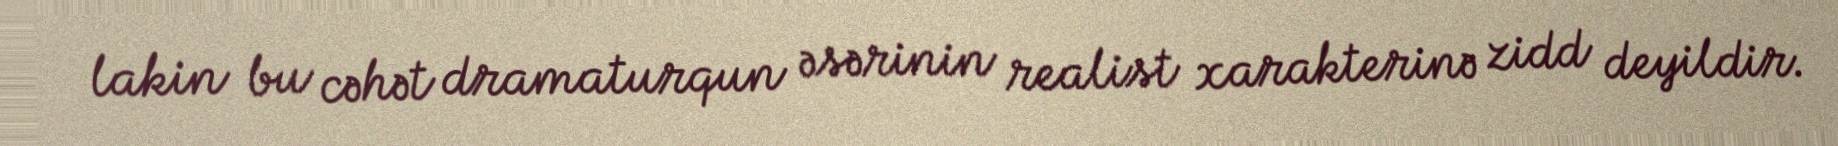
lakin bu cəhət dramaturqun əsərinin realist xarakterinə zidd deyildir.